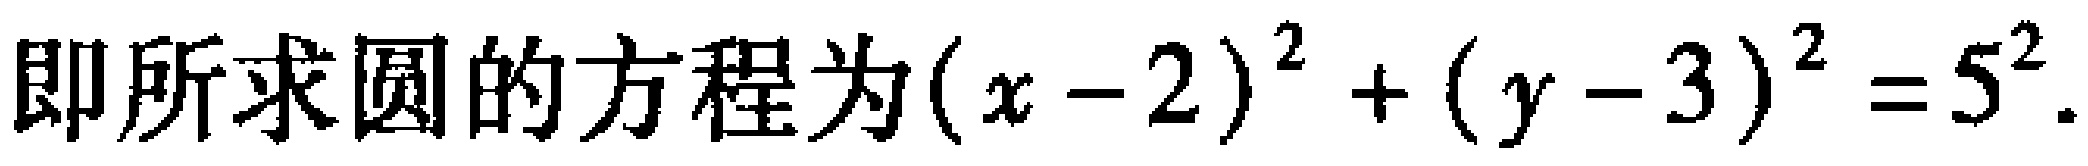
即所求圆的方程为\((x - 2)^2 + (y - 3)^2 = 5^2\)